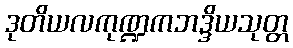
ဒုတိယလကုဏ္ဍကဘဒ္ဒိယသုတ္တ